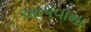
આપવામા